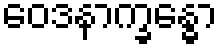
ဝေဒနာက္ခန္ဓော